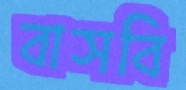
বাসবি